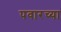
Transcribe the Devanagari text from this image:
पवारच्या